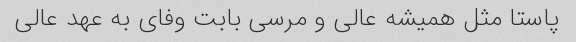
پاستا مثل همیشه عالی و مرسی بابت وفای به عهد عالی